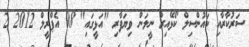
ސަރުކާރާއި ކައުންސިލް ކޯޅޭއިރު ނީލަން ވިޔަފާރި "އަޅީގައި" 08 އެޕްރީލް 2012 2